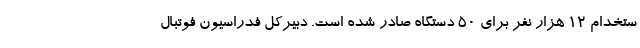
ستخدام ۱۲ هزار نفر برای ۵۰ دستگاه صادر شده است. دبیرکل فدراسیون فوتبال